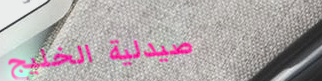
صيدلية الخليج